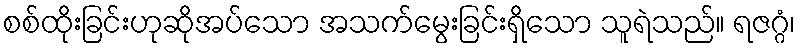
စစ်ထိုးခြင်းဟုဆိုအပ်သော အသက်မွေးခြင်းရှိသော သူရဲသည်။ ရဇဂ္ဂံ၊